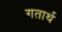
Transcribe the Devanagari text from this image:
गतार्थ